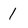
Character: 1